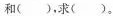
和（），求（）。